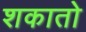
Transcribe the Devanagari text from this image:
शकातो